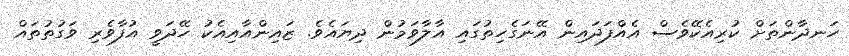
ހަނދާންތަށް ކުރިއެކޭވެސް އެއްފަދައިން އޭނަގެހިތުގައި އާލާވަމުން ދިޔައެވެ. ޒައިންއާއިއެކު ހޭދަވީ އުފާވެރި ވަގުތުތައް